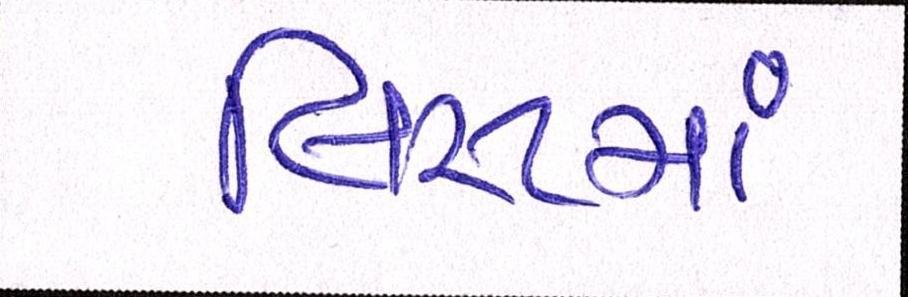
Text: લિસ્ટમાં